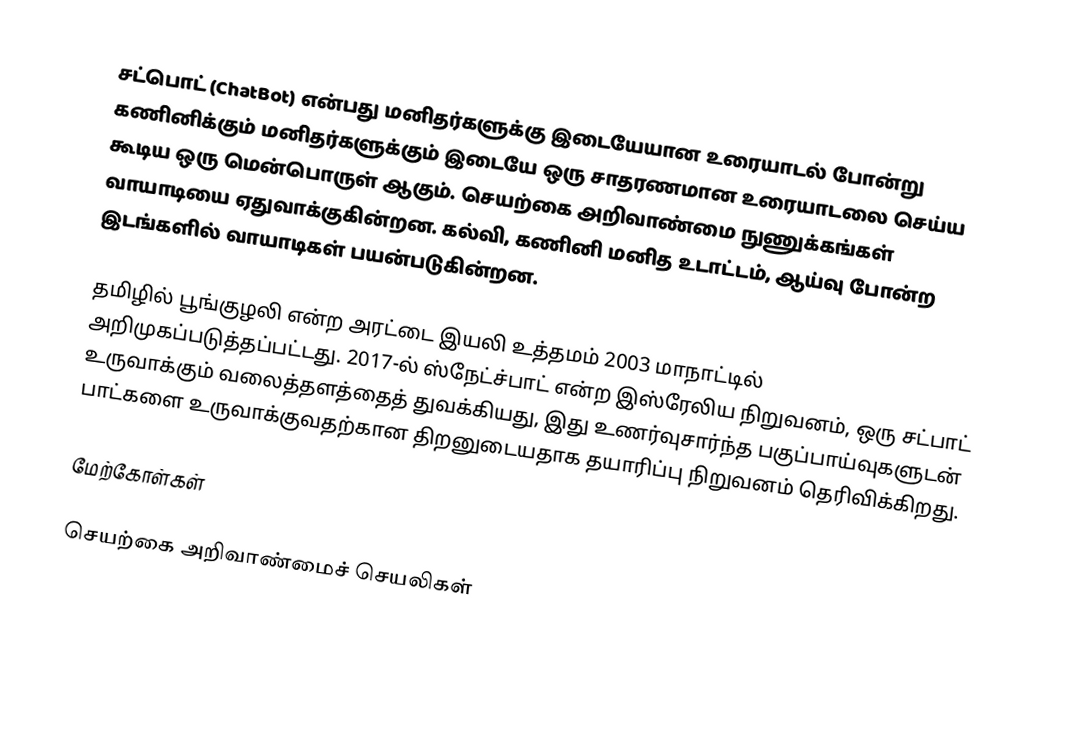
சட்பொட் (ChatBot) என்பது மனிதர்களுக்கு இடையேயான உரையாடல் போன்று கணினிக்கும் மனிதர்களுக்கும் இடையே ஒரு சாதரணமான உரையாடலை செய்ய கூடிய ஒரு மென்பொருள் ஆகும்.  செயற்கை அறிவாண்மை நுணுக்கங்கள் வாயாடியை ஏதுவாக்குகின்றன.  கல்வி, கணினி மனித உடாட்டம், ஆய்வு போன்ற இடங்களில் வாயாடிகள் பயன்படுகின்றன.

தமிழில் பூங்குழலி என்ற அரட்டை இயலி உத்தமம் 2003 மாநாட்டில் அறிமுகப்படுத்தப்பட்டது. 2017-ல் ஸ்நேட்ச்பாட் என்ற இஸ்ரேலிய நிறுவனம், ஒரு சட்பாட் உருவாக்கும் வலைத்தளத்தைத் துவக்கியது, இது உணர்வுசார்ந்த பகுப்பாய்வுகளுடன் பாட்களை உருவாக்குவதற்கான திறனுடையதாக தயாரிப்பு நிறுவனம் தெரிவிக்கிறது.

மேற்கோள்கள்

செயற்கை அறிவாண்மைச் செயலிகள்